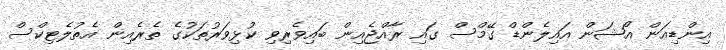
އިންޑިއަން އޯޝަން އައިލެންޑް ގޭމްސް ގައި ރާއްޖެއިން ބައިވެރިވި ކުޅިވަރުތަކުގެ ތެރެއިން އެތުލެޓިކްސް